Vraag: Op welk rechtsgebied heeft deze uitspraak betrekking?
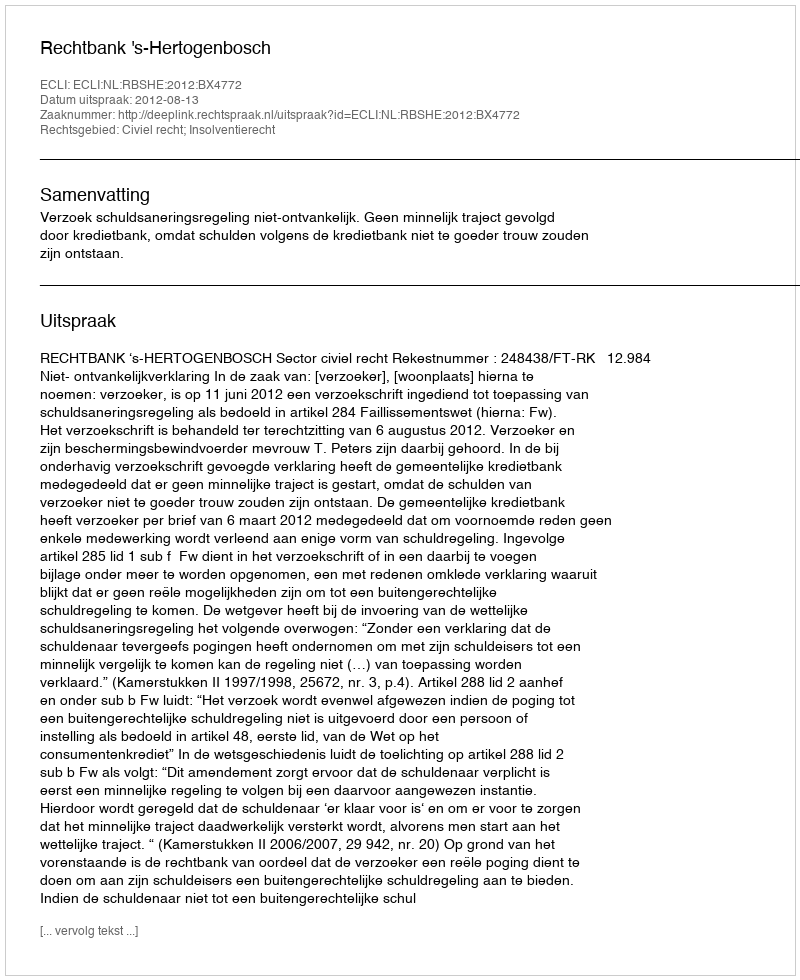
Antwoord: Civiel recht; Insolventierecht